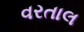
વરતાલ